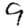
Digit: 9